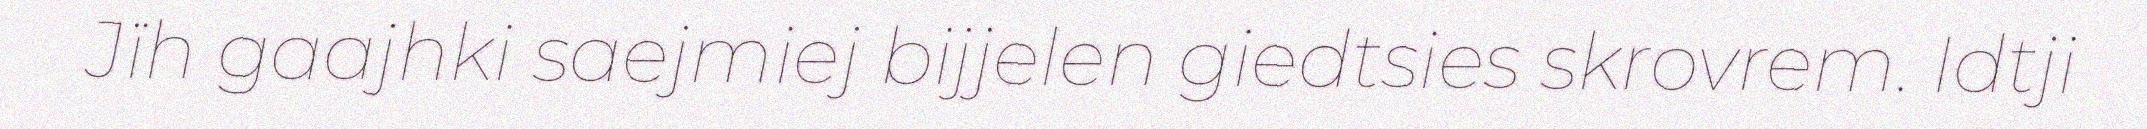
Jïh gaajhki saejmiej bijjelen giedtsies skrovrem. Idtji